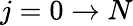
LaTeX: j=0\to N